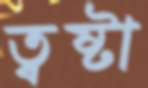
ত্বষ্টা